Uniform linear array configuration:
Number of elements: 16
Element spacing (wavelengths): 1
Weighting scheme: exponential
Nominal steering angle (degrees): -45
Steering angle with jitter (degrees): -43.966
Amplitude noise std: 0.05
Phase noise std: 0.05

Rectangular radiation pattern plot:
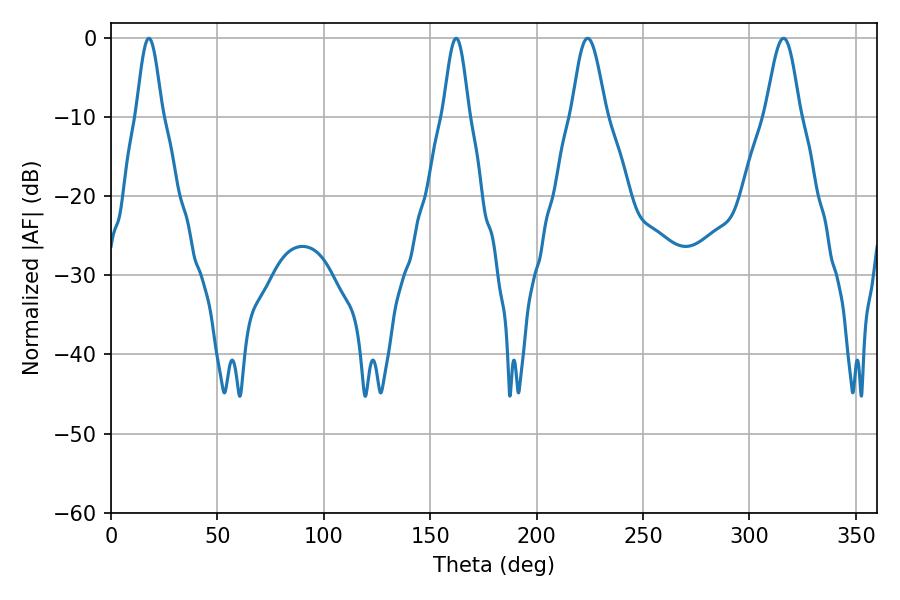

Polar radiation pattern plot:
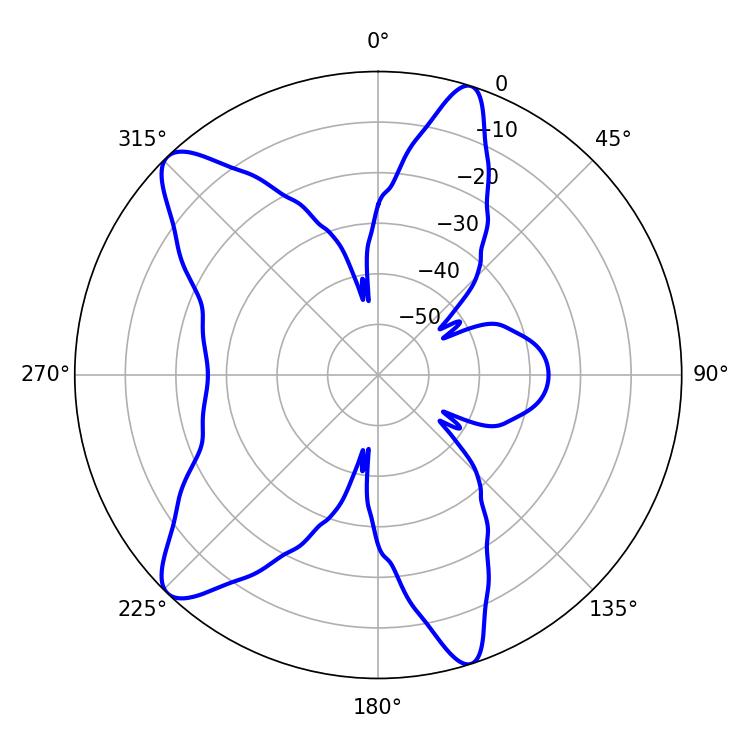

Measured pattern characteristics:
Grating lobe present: TRUE
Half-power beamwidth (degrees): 6.48
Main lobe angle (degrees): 17.82